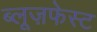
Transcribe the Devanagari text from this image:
ब्लूज़फेस्ट